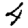
Digit: 4